Problem: 5 + 16 = ?
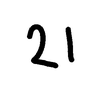
Handwritten answer: 21